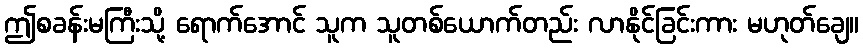
ဤစခန်းမကြီးသို့ ရောက်အောင် သူက သူတစ်ယောက်တည်း လာနိုင်ခြင်းကား မဟုတ်ချေ။